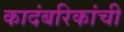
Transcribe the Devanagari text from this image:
कादंबरिकांची